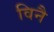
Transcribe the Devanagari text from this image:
विनै